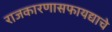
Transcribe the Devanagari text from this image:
राजकारणासफायद्याचे